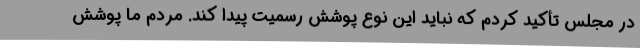
در مجلس تأکید کردم که نباید این نوع پوشش رسمیت پیدا کند. مردم ما پوشش